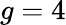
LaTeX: g=4